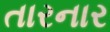
તારનાર